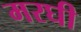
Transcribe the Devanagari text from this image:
मरघी